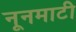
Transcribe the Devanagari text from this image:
नूनमाटी